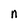
Character: n